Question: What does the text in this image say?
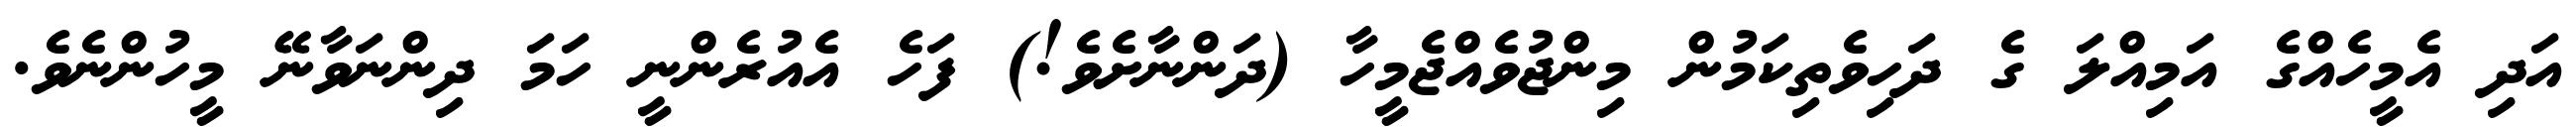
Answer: އަދި އެމީހެއްގެ އަމިއްލަ ގެ ދަހިވެތިކަމުން މިންޖުވެއްޖެމީހާ (ދަންނާށެވެ!) ފަހެ އެއުރެންނީ ހަމަ ދިންނަވާނޭ މީހުންނެވެ.